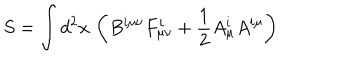
S = \int d ^ { 2 } x \, \left( B ^ { i \mu \nu } F _ { \mu \nu } ^ { i } + \frac { 1 } { 2 } A _ { \mu } ^ { i } A ^ { i \mu } \right)